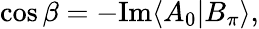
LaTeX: \cos{\beta}=-\mathrm{Im}\langle A_{0}|B_{\pi}\rangle,